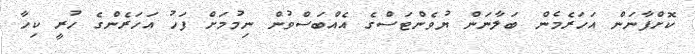
ކޮށްފާނަން އަހަރެމެން ބަލާނަން ޔުވެންޓަސްގެ އެއްބަސްވުން ނިމުމަށް ފަހު އަހަރެންގެ ހުރީ ކިހާ